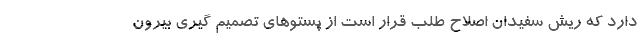
دارد که ریش سفیدان اصلاح طلب قرار است از پستوهای تصمیم گیری بیرون